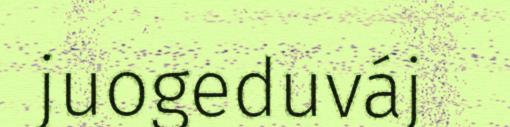
juogeduváj